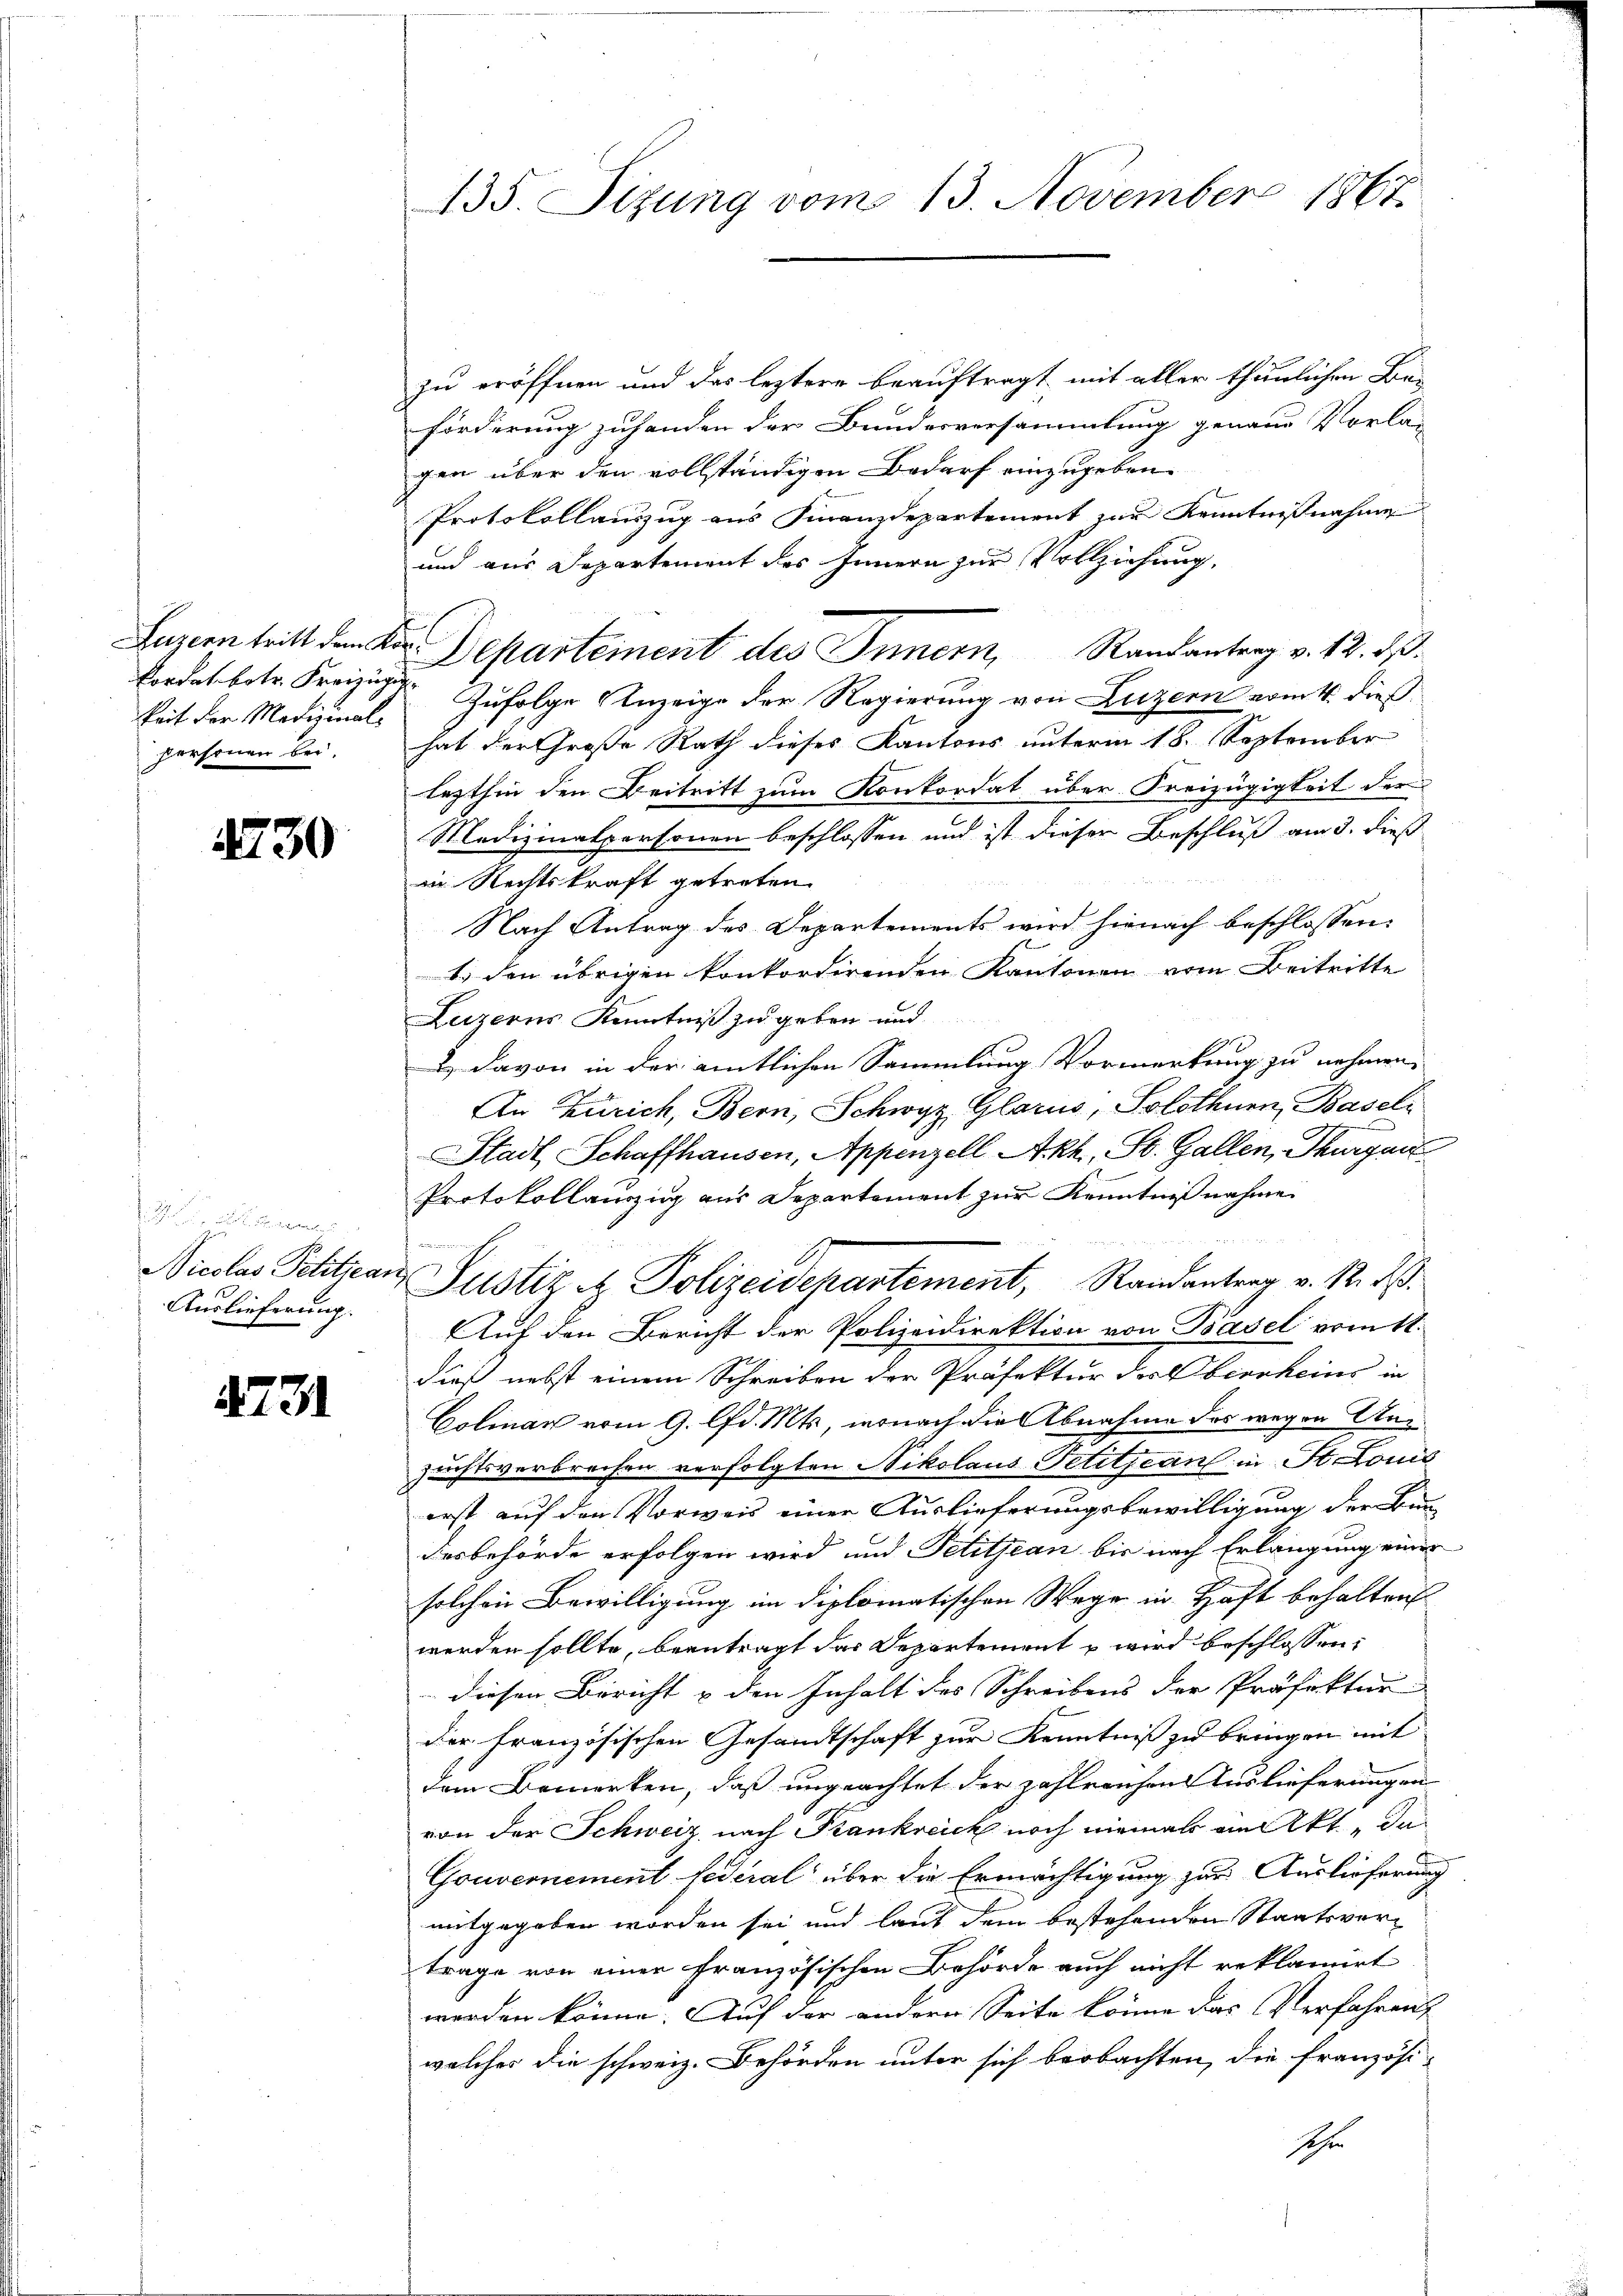
keit der Medizinalpersonen bei.

130

Auslieferung.

4731

zu eröffnen und das leztere beauftragt mit aller thunlichen Be-
förderung zuhanden der Bundesversammlung genaue Vorlag
gen über den vollständigen Bedarf einzugeben.
Protokollauszug aus Finanzdepartement zur Kenntnißnahme
und aus Departement des Innern zur Vollziehung,
Luzern tritt den Kan Departement des Innern, Randantrag v. 12. ds.
Fordes betr. Kreiz Zufolge Anzeige der Regierung von Luzern vom 4. dieß
hat der Große Rath dieses Kantons unterm 18. September
lezthin den Beitritt zum Konkordat über Freizügigkeit der
Medizinalpersonen beschlossen und ist dieser Beschluß am 3. dieß
in Rechtskraft getreten.
Nach Antrag des Departements wird hienach beschlossen:
1) den übrigen konkordirenden Kantonen vom Beitritte
Leizerns Kenntniß zu geben und
2 davon in der amtlichen Sammlung Vormerkung zu nehmen,
An Zürich, Bern, Schwyz, Glarus, Solothurn, Baseln
Stadt Schaffhausen, Appenzell Akh, St. Gallen, Thurgau
Protokollanzug aus Departement zur Kenntnißnahme
Nicolas Petitians Justiz & Polizeidepartement, Randantrag v. R. dß.
Auf den Bericht der Polizeidirektion von Basel vom 11.
dieß nebst einem Schreiben der Präfektur des Oberrheins in
Golinar vom 9. lfd. Mts., wonach die Abnahme des wegen Unzuchtsverbrechen verfolgten Nikolaus Petitian in St. Louis
erst auf den Vorweis einer Auslieferungsbewilligung der Bun-
desbehörde erfolgen wird und Petitjean bis nach Erlangung einer
solchen Bewilligung im diplomatischen Wege in Haft behalten
werden sollte, beantragt das Departement u wird beschlossen:
diesen Bericht & den Inhalt des Schreibens der Präfektur
Der französischen Gesandtschaft zur Kenntniß zu bringen mit
dem Bemerken, daß ungeachtet der zahlreichen Auslieferungen
von der Schweiz, nach Krankreich noch niemals ein Akt, da
Gouvernement fédéral über die Ermächtigung zur Auslieferung
mitgegeben worden sei und laut dem bestehenden Staatsvertrage von einer französischen Behörde auch nicht reklamirt
werden könne. Auf der andern Seite könne das Verfahren
welcher die schweiz. Behörden unter sich beobachten, die französi-
Ihr

135. Sizung vom 13. November 1867.